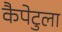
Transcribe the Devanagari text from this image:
कैपेटुला